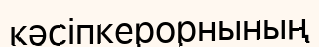
кәсіпкерорнының